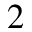
_ 2